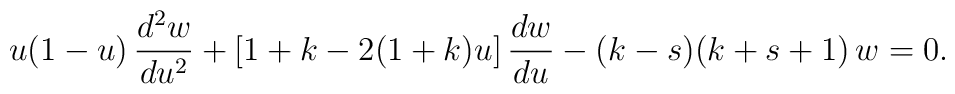
u(1-u)\,\frac{d^2w}{du^2}+[1+k-2(1+k)u]\,\frac{dw}{du}-(k-s)(k+s+1)\,w=0.